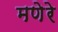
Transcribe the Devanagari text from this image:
मणेरे